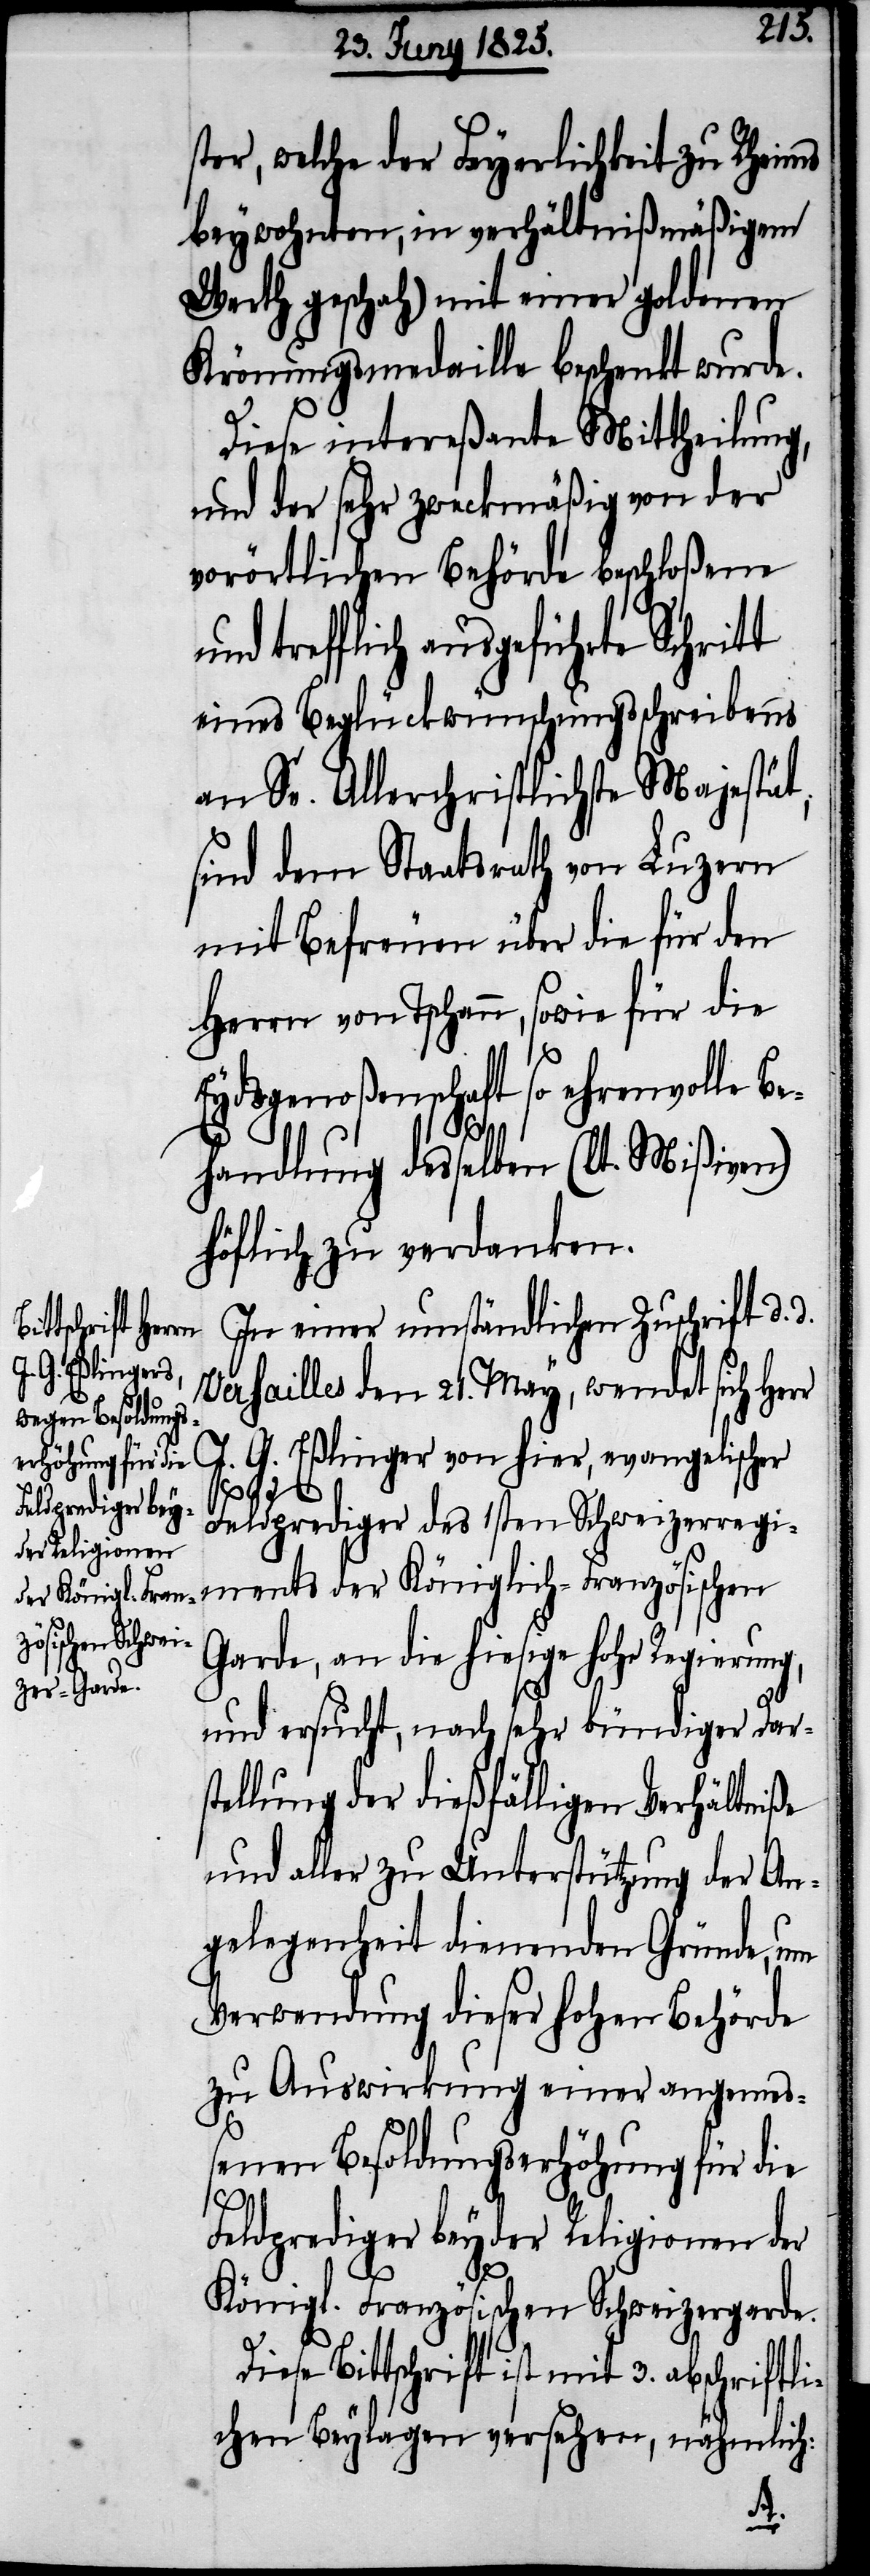
ster, welche der Feyerlichkeit zu Rheims
beywohnten, in verhältnißmäßigem
Werth geschah) mit einer goldenen
Krönungsmedaille beschenkt wurde.
Diese intereßante Mittheilung,
und der sehr zweckmäßig von der
vorörtlichen Behörde beschloßene
trefflich ausgeführte Schrit¬
eines Beglückwünschungsschreibens
an Se. Allerchristlichste Majestät,
sind dem Staatsrath von Luzern
mit Befreuen über die für den
Herrn von Tschann, sowie für die
Eydsgenoßenschaft so ehrenvolle Be¬
handlung desselben (lt. Mißiven)
höflich zu verdanken.
In einer umständlichen Zuschrift d. d.
Versailles den 21. May, wendet sich Her¬
J. G. Eßlinger von hier, evangelischer
Feldprediger des 1sten Schweizerregi¬
ments der Königlich-Französischen
Garde, an die hiesige hohe Regierung,
und ersucht, nach sehr bündiger Dars¬
tellung der dießfälligen Verhältniße
und aller zu Unterstützung der An¬
gelegenheit dienenden Gründe, um
Verwendung dieser hohen Behörde
zu Auswirkung einer angemeß¬
enen Besoldungserhöhung für die
r
Feldprediger beyder Religionen der
Königl. Französischen Schweizergarde.
Diese Bittschrift ist mit 3. abschriftli¬
chen Beylagen versehen, nämlich: